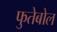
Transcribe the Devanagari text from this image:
फुतेबोल